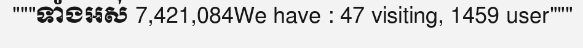
"""ទាំងអស់ 7,421,084We have : 47 visiting, 1459 user"""